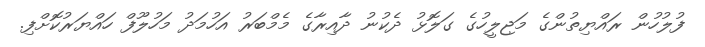
ފުލުހުން ރައްޔިތުންގެ މަޖިލީހުގެ ގަލޮޅު ދެކުނު ދާއިރާގެ މެމްބަރު އަހުމަދު މަހުލޫފް ހައްޔަރުކޮށްފި.